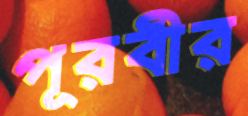
পূরবীর